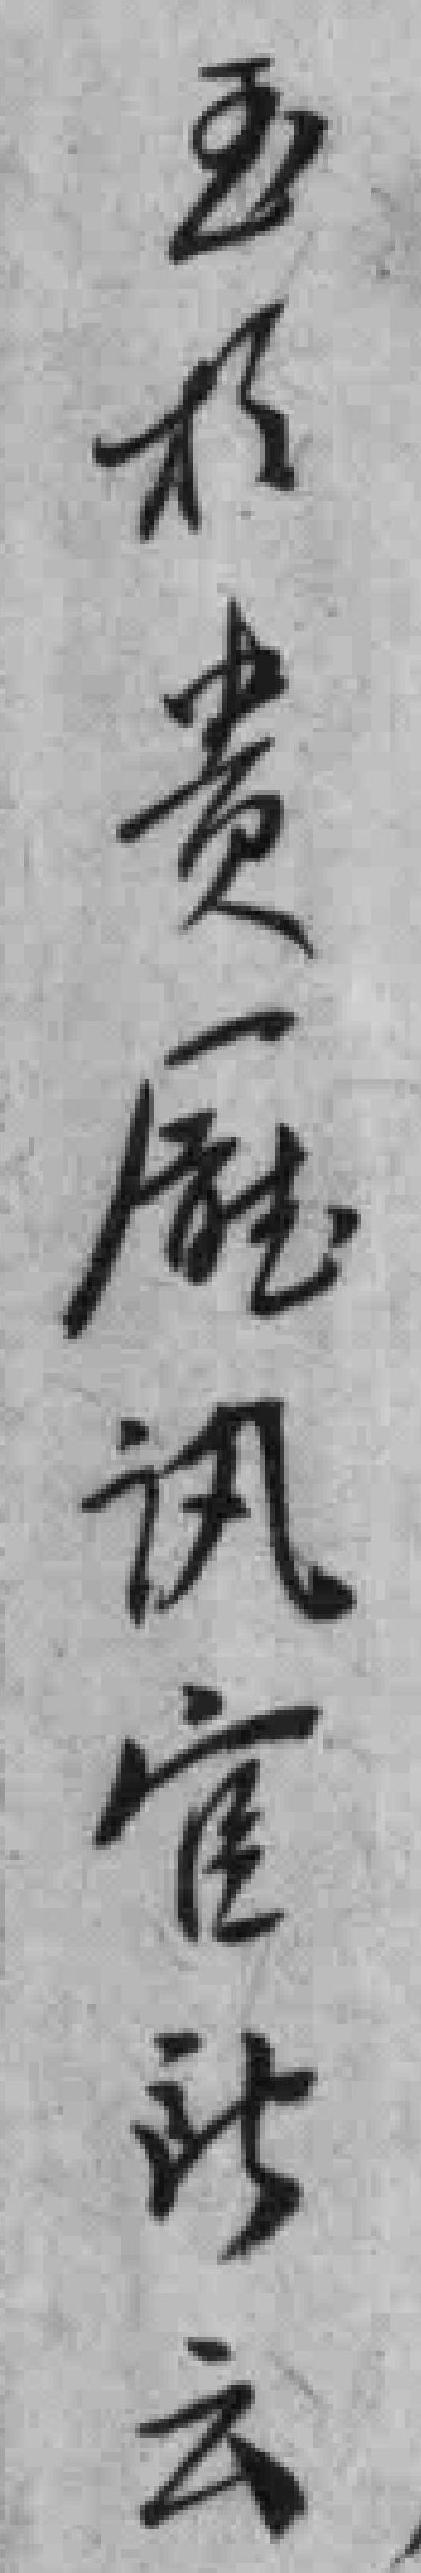
亟於貴廳訊官所云